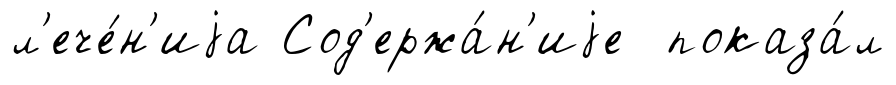
л'ече́н'иjа Сод'ержа́н'иjе показа́л